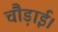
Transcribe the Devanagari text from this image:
चौड़ाई।